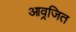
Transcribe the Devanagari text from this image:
आव्रजित